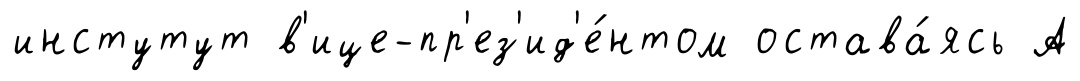
инстутут в'ице-пр'ез'ид'е́нтом остава́ясь А